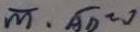
\overline { m } \cdot \overline { A D } = 0